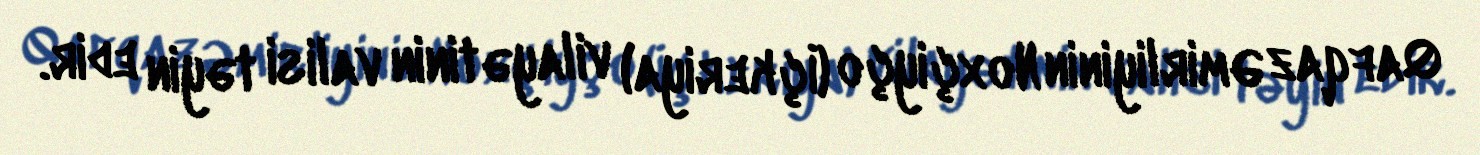
Qafqaz Əmirliyinin Noxçiyço (İçkeriya) vilayətinin valisi təyin edir.